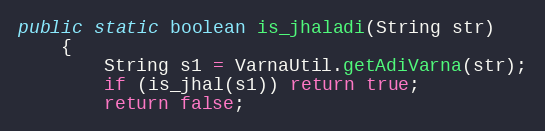
Language: Java
public static boolean is_jhaladi(String str)
    {
        String s1 = VarnaUtil.getAdiVarna(str);
        if (is_jhal(s1)) return true;
        return false;